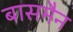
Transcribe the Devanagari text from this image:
बासमैन